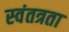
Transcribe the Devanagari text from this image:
स्‍वंतत्रता